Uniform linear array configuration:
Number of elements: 8
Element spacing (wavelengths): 0.5
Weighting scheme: blackman
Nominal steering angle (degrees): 45
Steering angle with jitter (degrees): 45.803
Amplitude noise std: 0.05
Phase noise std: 0.05

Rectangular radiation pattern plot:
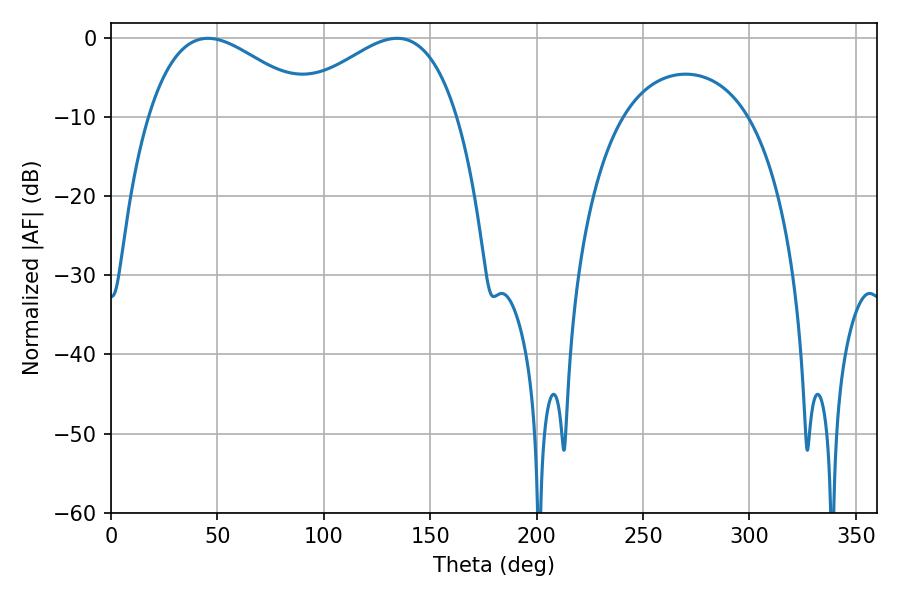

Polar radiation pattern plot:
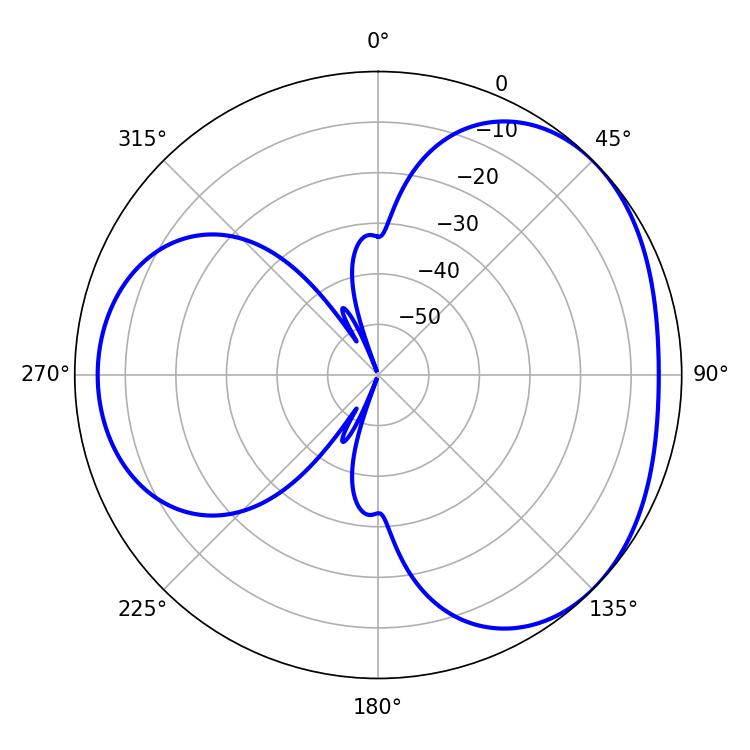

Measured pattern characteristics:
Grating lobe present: FALSE
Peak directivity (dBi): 3.412
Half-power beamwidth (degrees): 42.66
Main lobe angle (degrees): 45.54